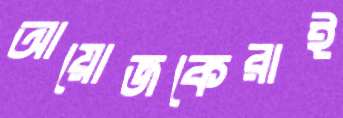
আয়োজকেরাই